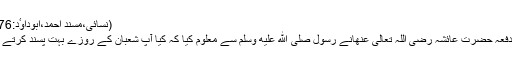
(نسائی،مسند احمد،ابوداوٴد:2076)
ایک دفعہ حضرت عائشہ رضی اللہ تعالی عنھانے رسول صلى الله عليه وسلم سے معلوم کیا کہ کیا آپ شعبان کے روزے بہت پسند کرتے ہیں ؟